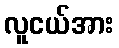
လူငယ်အား